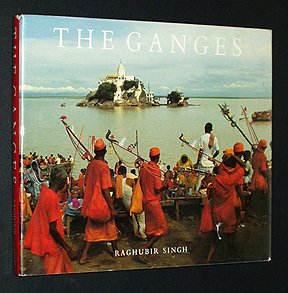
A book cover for The Ganges; Raghubir Singh; Travel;